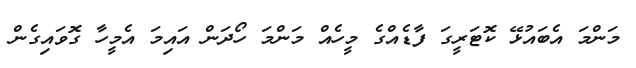
މަންމަ އެބައުޅޭ ކޮޓަރީގަ ފާޑެއްގެ މީހެއް މަންމަ ހޯދަން އައިމަ އެމީހާ ގޮވައިގެން